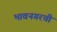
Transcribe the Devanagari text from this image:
भावनगरची